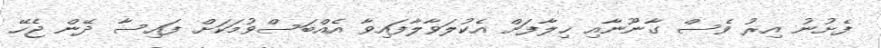
ފެށުނު އިރު ވެސް ގާނޫނާއި ޚިލާފަށް އެކުލަވާލާފައިވާ އެއްބަސްވުމަކަށް ފައިސާ ދޭން ޖެހޭ